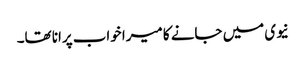
نیوی میں جانے کا میرا خواب پرانا تھا۔